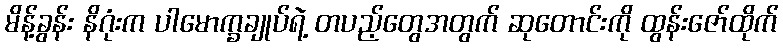
မိန့်ခွန်း နိဂုံးက ပါမောက္ခချုပ်ရဲ့ တပည့်တွေအတွက် ဆုတောင်းကို ထွန်းဇော်ထိုက်